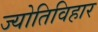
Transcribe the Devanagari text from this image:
ज्योतिविहार